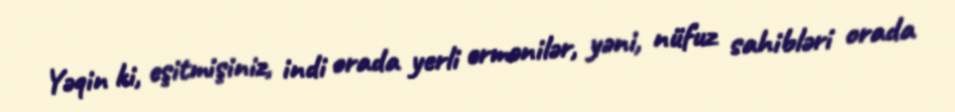
Yəqin ki, eşitmişiniz, indi orada yerli ermənilər, yəni, nüfuz sahibləri orada